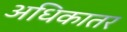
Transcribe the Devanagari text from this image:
अधिकातर